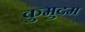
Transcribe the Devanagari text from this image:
कुमुदम